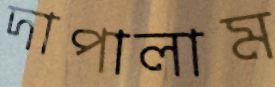
দাপালাম